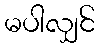
မပါလျှင်